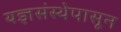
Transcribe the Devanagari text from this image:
यज्ञसंस्थेपासून